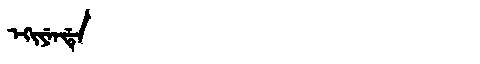
Manchu: ᡝᡴᡳᠶᡝᠨᡩᡝ
Romanization: EKIYENDE